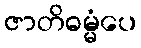
ဇာတိဓမ္မံပေ